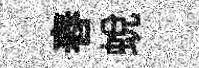
舂蜕